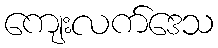
ကျေးလက်ဒေသ